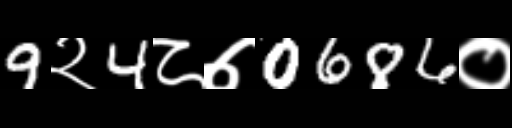
Text: 9२4८७0686०